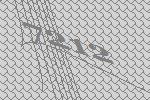
7212